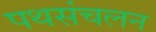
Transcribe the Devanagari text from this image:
पथसंचलन